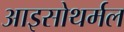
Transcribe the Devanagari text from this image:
आइसोथर्मल